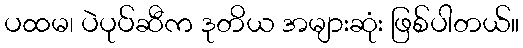
ပထမ၊ ပဲပုပ်ဆီက ဒုတိယ အများဆုံး ဖြစ်ပါတယ်။